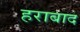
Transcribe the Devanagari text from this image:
हराबाद